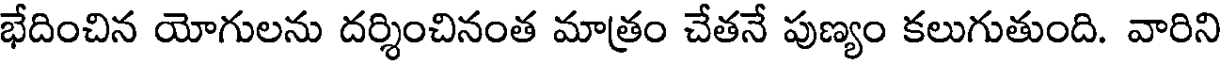
భేదించిన యోగులను దర్శించినంత మాత్రం చేతనే పుణ్యం కలుగుతుంది. వారిని